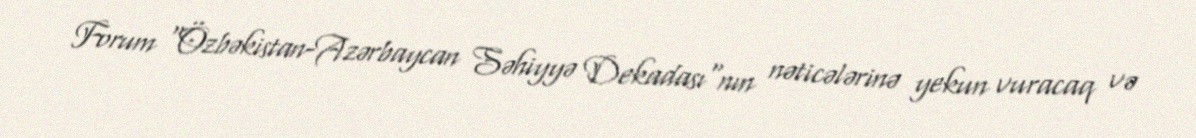
Forum "Özbəkistan-Azərbaycan Səhiyyə Dekadası"nın nəticələrinə yekun vuracaq və